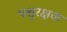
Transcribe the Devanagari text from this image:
पशुरक्षक